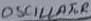
Text: OSCILLATOR